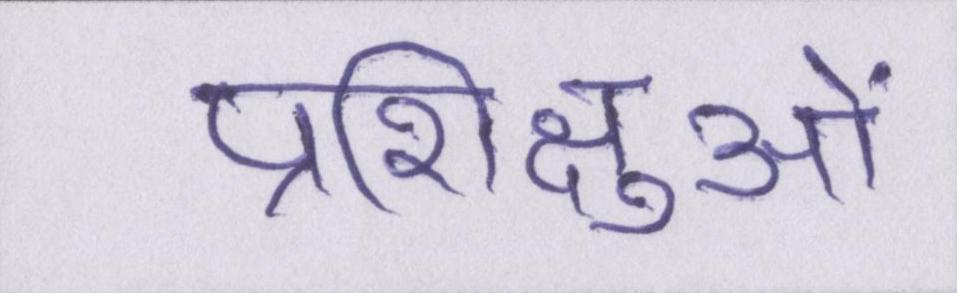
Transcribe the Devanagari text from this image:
प्रशिक्षुओं